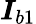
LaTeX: \boldsymbol{I}_{b1}